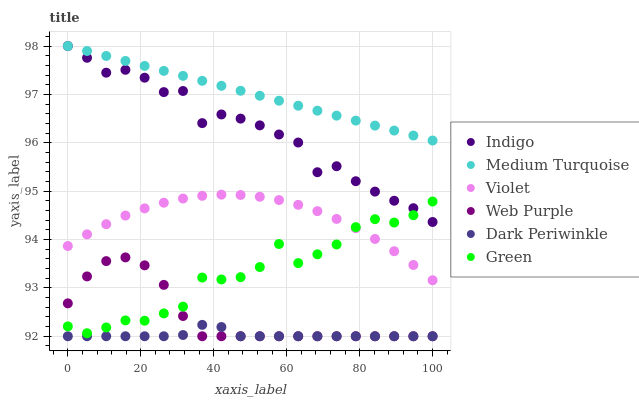
| xaxis_label | Indigo | Medium Turquoise | Violet | Web Purple | Dark Periwinkle | Green |
 | --- | --- | --- | --- | --- | --- | --- |
 | 0 | 98 | 98 | 93.9 | 92.7 | 92 | 92.2 |
 | 5.26 | 97.8 | 97.9 | 94.1 | 93.2 | 92 | 92.1 |
 | 10.5 | 97.4 | 97.8 | 94.3 | 93.6 | 92 | 92.2 |
 | 15.8 | 97.5 | 97.7 | 94.5 | 93.6 | 92 | 92.3 |
 | 21.1 | 97.3 | 97.6 | 94.6 | 93.5 | 92 | 92.3 |
 | 26.3 | 97 | 97.5 | 94.8 | 93.1 | 92 | 92.5 |
 | 31.6 | 97.1 | 97.4 | 94.8 | 92.4 | 92 | 92.6 |
 | 36.8 | 96.4 | 97.3 | 94.9 | 92 | 92.2 | 93.2 |
 | 42.1 | 96.6 | 97.2 | 94.9 | 92 | 92.2 | 93.2 |
 | 47.4 | 96.5 | 97.1 | 94.9 | 92 | 92 | 93.2 |
 | 52.6 | 96.4 | 97 | 94.9 | 92 | 92 | 93.4 |
 | 57.9 | 96.2 | 96.9 | 94.8 | 92 | 92 | 93.9 |
 | 63.2 | 96 | 96.8 | 94.7 | 92 | 92 | 93.5 |
 | 68.4 | 95.4 | 96.7 | 94.6 | 92 | 92 | 93.7 |
 | 73.7 | 95.5 | 96.6 | 94.4 | 92 | 92 | 93.9 |
 | 78.9 | 95.2 | 96.5 | 94.2 | 92 | 92 | 94.3 |
 | 84.2 | 95 | 96.4 | 94 | 92 | 92 | 94.4 |
 | 89.5 | 94.8 | 96.3 | 93.8 | 92 | 92 | 94.4 |
 | 94.7 | 94.6 | 96.1 | 93.5 | 92 | 92 | 94.5 |
 | 100 | 94.4 | 96 | 93.2 | 92 | 92 | 94.8 |